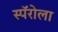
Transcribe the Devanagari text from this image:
स्पॅरोला